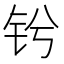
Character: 𫓫